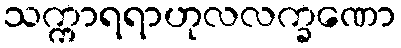
သက္ကာရရာဟုလလက္ခဏော